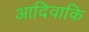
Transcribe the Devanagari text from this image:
आदिवाकि